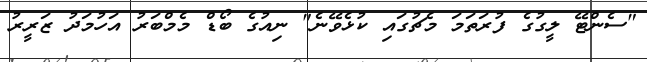
"ސެންޓޭ ލީގުގެ ފުރަތަމަ މެޗުގައި ކުޅެވޭނެ" ނިއުގެ ބޯޑް މެމްބަރު އަހުމަދު ޒަރީރު